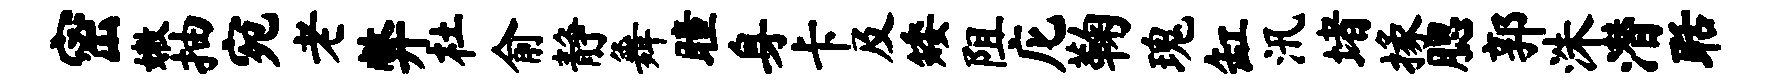
密嫩抽宛老弊杜俞静舞瞳身卡及矮阻庀鞠瑰缸汛堵掾腮郭洙潜聒